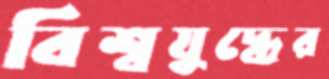
বিশ্বযুদ্ধের